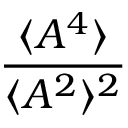
\frac { \langle A ^ { 4 } \rangle } { \langle A ^ { 2 } \rangle ^ { 2 } }